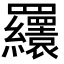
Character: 𦍆